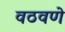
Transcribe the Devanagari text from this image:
वठवणे